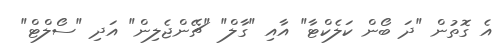
އެ ގޮތުން "ދަ ބޯން ކަލެކްޓާ" އާއި "ގާލް" "ޗޭންޖެލިން" އަދި "ސޯލްޓް"